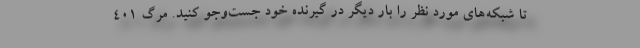
تا شبکه‌های مورد نظر را بار دیگر در گیرنده خود جست‌وجو کنید. مرگ ۴۰۱